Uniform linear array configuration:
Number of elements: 48
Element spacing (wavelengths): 0.75
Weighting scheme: binomial
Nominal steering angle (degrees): -30
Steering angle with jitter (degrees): -28.362
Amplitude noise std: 0.05
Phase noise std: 0.05

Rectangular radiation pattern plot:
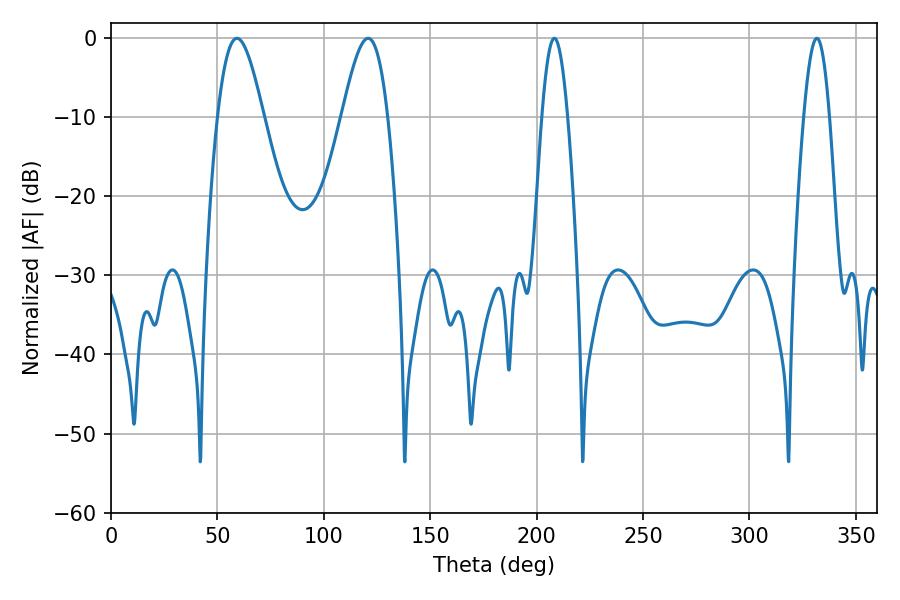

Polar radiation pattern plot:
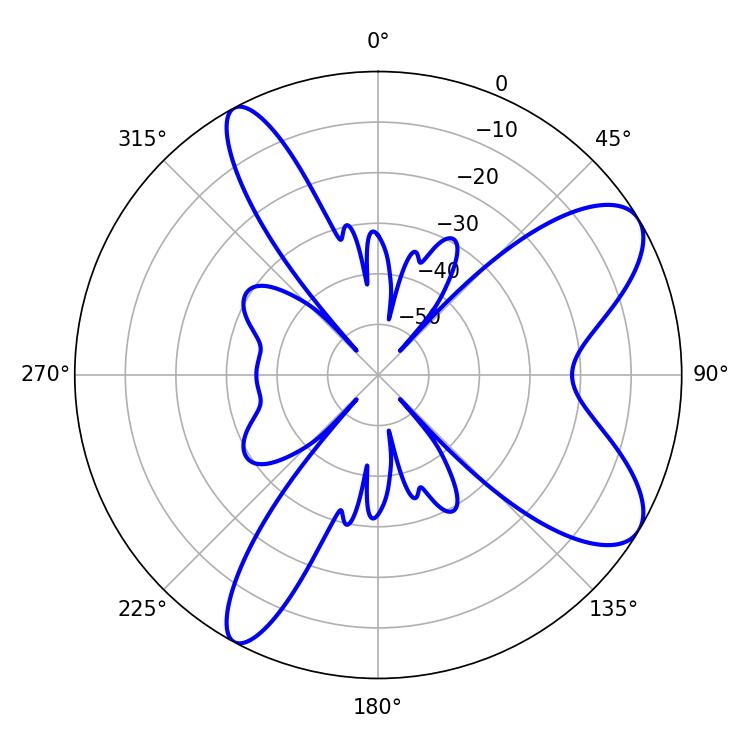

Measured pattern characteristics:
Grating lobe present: TRUE
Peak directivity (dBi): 8.715
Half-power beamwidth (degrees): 11.52
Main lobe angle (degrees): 59.22